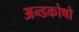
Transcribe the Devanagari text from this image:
अन्डकोषो